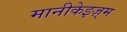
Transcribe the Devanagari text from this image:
मानीकेइज़्म